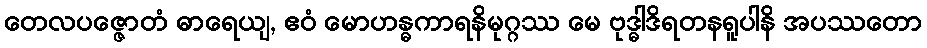
တေလပဇ္ဇောတံ ဓာရေယျ, ဧဝံ မောဟန္ဓကာရနိမုဂ္ဂဿ မေ ဗုဒ္ဓါဒိရတနရူပါနိ အပဿတော